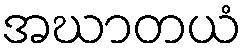
အဃာတယံ